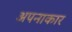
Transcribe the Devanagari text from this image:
अपनाकार